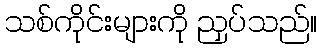
သစ်ကိုင်းများကို ညှပ်သည်။